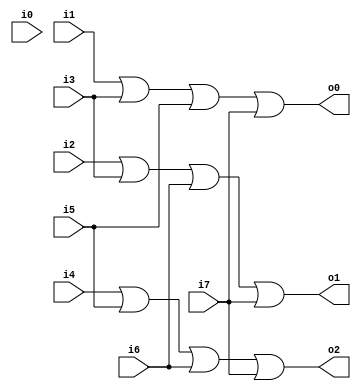
module EncoderMod(i0, i1, i2, i3, i4, i5, i6, i7, o2, o1, o0);  // module definition
    input i0, i1, i2, i3, i4, i5, i6, i7; 
    output o2, o1, o0;

    or(o2, i4, i5, i6, i7);
    or(o1, i2, i3, i6, i7);
    or(o0, i1, i3, i5, i7);
endmodule